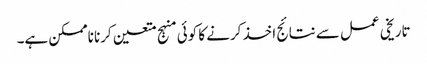
تاریخی عمل سے نتائج اخذ کرنے کا کوئی منہج متعین کرنا ناممکن ہے۔